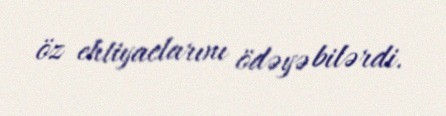
öz ehtiyaclarını ödəyə bilərdi.